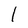
Character: 1